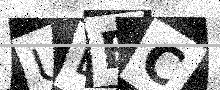
Text: UBEC